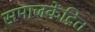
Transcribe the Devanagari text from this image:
समाजकेंद्रित